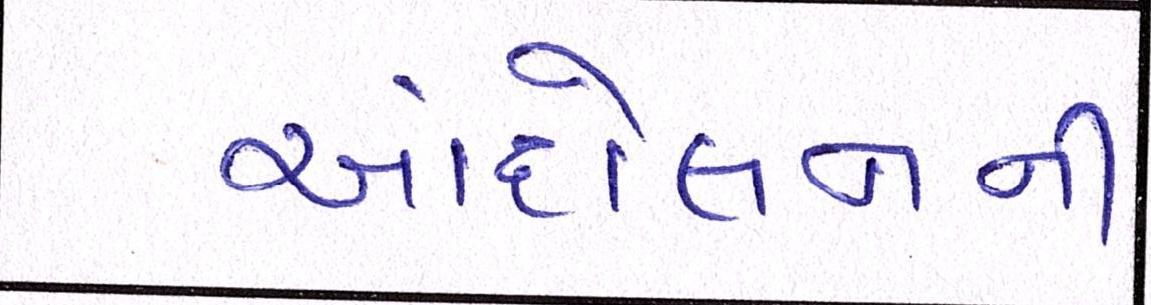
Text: આંદોલનની